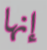
إنها